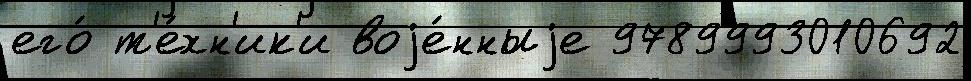
его́ т'е́хн'ик'и воjе́нныjе 9789993010692